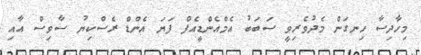
މިހާދިސާ ހިނގަން މެދުވެރިވީ ސަބަބު އެމްއެންޑީއެފް ފަޔަ އެންޑް ރެސްކިޔު ސާވިސް އާއި